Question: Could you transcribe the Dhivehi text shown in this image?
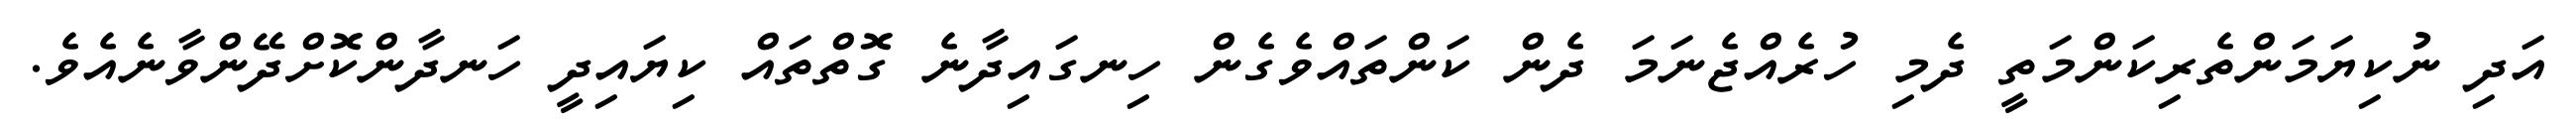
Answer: އަދި ނުކިޔަމަންތެރިކަންމަތީ ދެމި ހުރެއްޖެނަމަ ދެން ކަންތައްވެގެން ހިނގައިދާނެ ގޮތްތައް ކިޔައިދީ ހަނދާންކޮށްދޭންވާނެއެވެ.